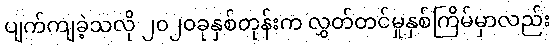
ပျက်ကျခဲ့သလို ၂၀၂၀ခုနှစ်တုန်းက လွှတ်တင်မှုနှစ်ကြိမ်မှာလည်း